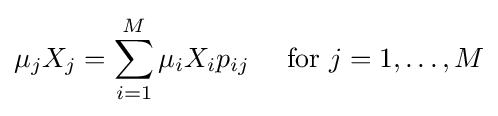
\mu _{j}X_{j}=\sum _{i=1}^{M}\mu _{i}X_{i}p_{ij}\quad {\text{ for }}j=1,\ldots ,M